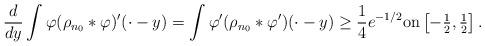
LaTeX: \begin{align*}\dfrac{d}{dy}\int \varphi(\rho_{n_0}*\varphi)'(\cdot-y)=\int \varphi'(\rho_{n_0}*\varphi')(\cdot-y)\geq \dfrac{1}{4}e^{-1/2} \hbox{on} \left[-\tfrac{1}{2},\tfrac{1}{2}\right].\end{align*}